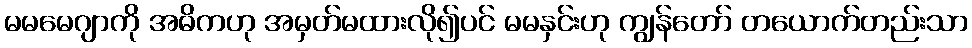
မမမေဂျာကို အဓိကဟု အမှတ်မထားလို၍ပင် မမနှင်းဟု ကျွန်တော် တယောက်တည်းသာ